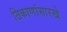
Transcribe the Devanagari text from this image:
ठिकाणांसारखे